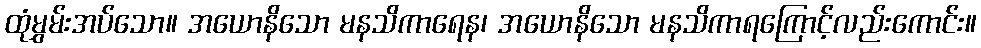
ထုံမွှမ်းအပ်သော။ အယောနိသော မနသိကာရေန၊ အယောနိသော မနသိကာရကြောင့်လည်းကောင်း။